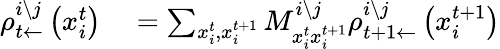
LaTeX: \begin{array}{rl}{\rho_{t\leftarrow}^{i\setminus j}\left(x_{i}^{t}\right)}&{{}=\sum_{x_{i}^{t},x_{i}^{t+1}}M_{x_{i}^{t}x_{i}^{t+1}}^{i\setminus j}\rho_{t+1\leftarrow}^{i\setminus j}\left(x_{i}^{t+1}\right)}\end{array}